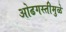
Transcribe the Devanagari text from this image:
ओढगस्तीमुळे